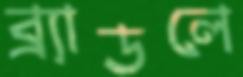
ব্র্যাডলে